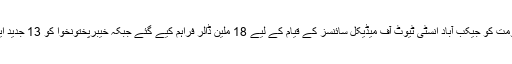
پال جانز کا کہنا تھا کہ سندھ حکومت کو جیکب آباد انسٹی ٹیوٹ آف میڈیکل سائنسز کے قیام کے لیے 18 ملین ڈالر فراہم کیے گئے جبکہ خیبرپختونخوا کو 13 جدید ایمبولینسیں بھی فراہم کر رہے ہیں۔